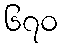
၆၇၀